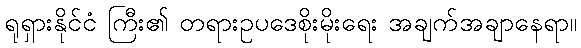
ရုရှားနိုင်ငံ ကြီး၏ တရားဥပဒေစိုးမိုးရေး အချက်အချာနေရာ။